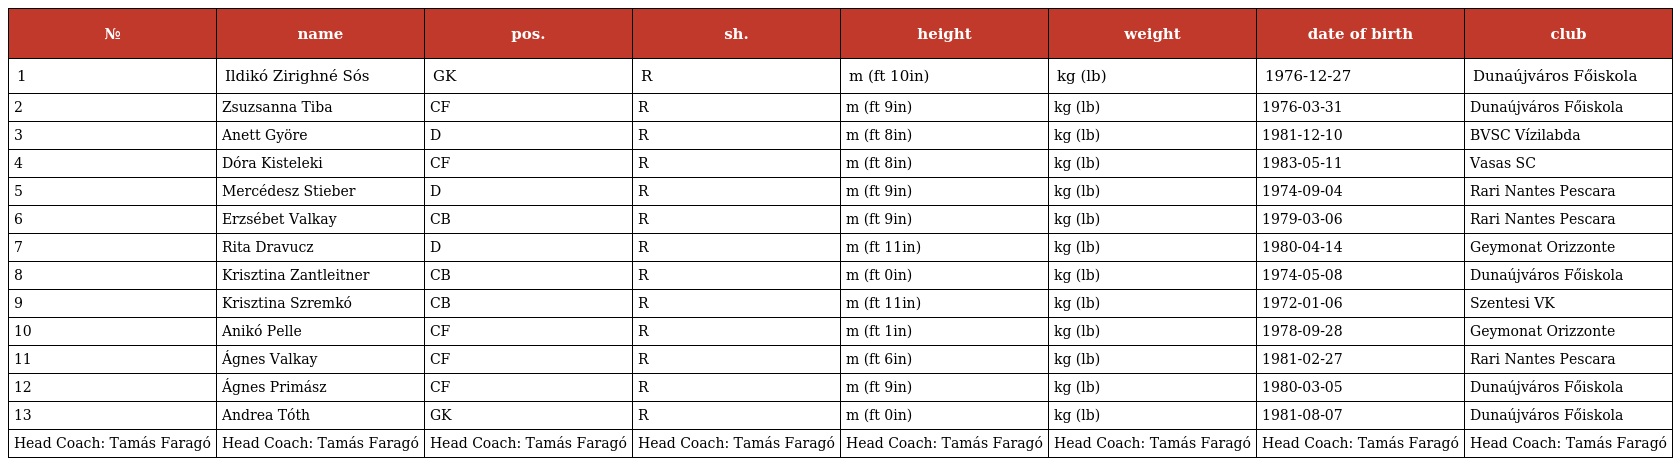
| № | name | pos. | sh. | height | weight | date of birth | club |
 | --- | --- | --- | --- | --- | --- | --- | --- |
 | 1 | Ildikó Zirighné Sós | GK | R | m (ft 10in) | kg (lb) | 1976-12-27 | Dunaújváros Főiskola |
 | 2 | Zsuzsanna Tiba | CF | R | m (ft 9in) | kg (lb) | 1976-03-31 | Dunaújváros Főiskola |
 | 3 | Anett Györe | D | R | m (ft 8in) | kg (lb) | 1981-12-10 | BVSC Vízilabda |
 | 4 | Dóra Kisteleki | CF | R | m (ft 8in) | kg (lb) | 1983-05-11 | Vasas SC |
 | 5 | Mercédesz Stieber | D | R | m (ft 9in) | kg (lb) | 1974-09-04 | Rari Nantes Pescara |
 | 6 | Erzsébet Valkay | CB | R | m (ft 9in) | kg (lb) | 1979-03-06 | Rari Nantes Pescara |
 | 7 | Rita Dravucz | D | R | m (ft 11in) | kg (lb) | 1980-04-14 | Geymonat Orizzonte |
 | 8 | Krisztina Zantleitner | CB | R | m (ft 0in) | kg (lb) | 1974-05-08 | Dunaújváros Főiskola |
 | 9 | Krisztina Szremkó | CB | R | m (ft 11in) | kg (lb) | 1972-01-06 | Szentesi VK |
 | 10 | Anikó Pelle | CF | R | m (ft 1in) | kg (lb) | 1978-09-28 | Geymonat Orizzonte |
 | 11 | Ágnes Valkay | CF | R | m (ft 6in) | kg (lb) | 1981-02-27 | Rari Nantes Pescara |
 | 12 | Ágnes Primász | CF | R | m (ft 9in) | kg (lb) | 1980-03-05 | Dunaújváros Főiskola |
 | 13 | Andrea Tóth | GK | R | m (ft 0in) | kg (lb) | 1981-08-07 | Dunaújváros Főiskola |
 | Head Coach: Tamás Faragó | Head Coach: Tamás Faragó | Head Coach: Tamás Faragó | Head Coach: Tamás Faragó | Head Coach: Tamás Faragó | Head Coach: Tamás Faragó | Head Coach: Tamás Faragó | Head Coach: Tamás Faragó |